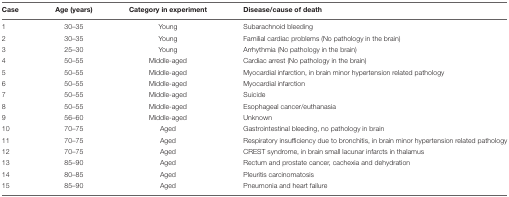
<table><thead><tr><td><b>Case</b></td><td><b>Age (years)</b></td><td><b>Category in experiment</b></td><td><b>Disease/cause of death</b></td></tr></thead><tbody><tr><td>1</td><td>30–35</td><td>Young</td><td>Subarachnoid bleeding</td></tr><tr><td>2</td><td>30–35</td><td>Young</td><td>Familial cardiac problems (No pathology in the brain)</td></tr><tr><td>3</td><td>25–30</td><td>Young</td><td>Arrhythmia (No pathology in the brain)</td></tr><tr><td>4</td><td>50–55</td><td>Middle-aged</td><td>Cardiac arrest (No pathology in the brain)</td></tr><tr><td>5</td><td>50–55</td><td>Middle-aged</td><td>Myocardial infarction, in brain minor hypertension related pathology</td></tr><tr><td>6</td><td>50–55</td><td>Middle-aged</td><td>Myocardial infarction</td></tr><tr><td>7</td><td>50–55</td><td>Middle-aged</td><td>Suicide</td></tr><tr><td>8</td><td>50–55</td><td>Middle-aged</td><td>Esophageal cancer/euthanasia</td></tr><tr><td>9</td><td>56–60</td><td>Middle-aged</td><td>Unknown</td></tr><tr><td>10</td><td>70–75</td><td>Aged</td><td>Gastrointestinal bleeding, no pathology in brain</td></tr><tr><td>11</td><td>70–75</td><td>Aged</td><td>Respiratory insufficiency due to bronchitis, in brain minor hypertension related pathology</td></tr><tr><td>12</td><td>70–75</td><td>Aged</td><td>CREST syndrome, in brain small lacunar infarcts in thalamus</td></tr><tr><td>13</td><td>85–90</td><td>Aged</td><td>Rectum and prostate cancer, cachexia and dehydration</td></tr><tr><td>14</td><td>80–85</td><td>Aged</td><td>Pleuritis carcinomatosis</td></tr><tr><td>15</td><td>85–90</td><td>Aged</td><td>Pneumonia and heart failure</td></tr></tbody></table>